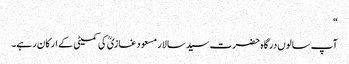
“
آپ سالوں درگاہ حضرت سید سالار مسعود غازیؒ کی کمیٹی کے ارکان رہے۔